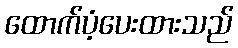
ထောက်ပံ့ပေးထားသည်